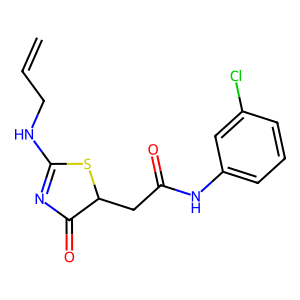
SMILES: C=CCNC1=NC(=O)C(CC(=O)Nc2cccc(Cl)c2)S1
Inhibits HIV replication: No